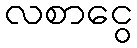
လစာငွေ